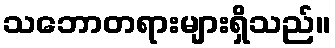
သဘောတရားများရှိသည်။